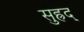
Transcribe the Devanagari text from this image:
सुह्रद्